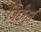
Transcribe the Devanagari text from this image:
जिद्दीतून